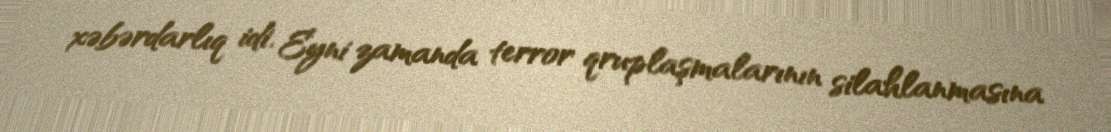
xəbərdarlıq idi. Eyni zamanda terror qruplaşmalarının silahlanmasına